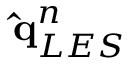
\mathbf { \hat { q } } _ { L E S } ^ { n }